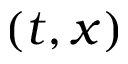
( t , x )